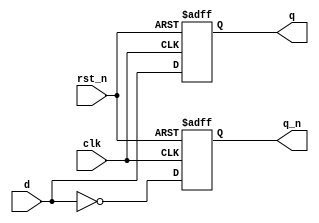
module tt_prim_dfrbp (
	input  wire d,
	output reg  q,
	output reg  q_n,
	input  wire clk,
	input  wire rst_n
);

	always @(posedge clk or negedge rst_n)
		if (~rst_n) begin
			q   <= 1'b0;
			q_n <= 1'b1;
		end else begin
			q   <=  d;
			q_n <= ~d;
		end

endmodule